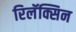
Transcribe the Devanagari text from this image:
रिलॅक्सिन